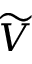
\widetilde V